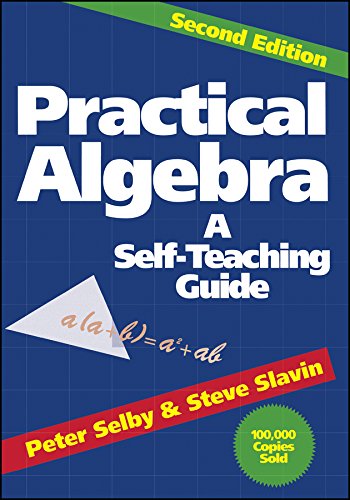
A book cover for Practical Algebra: A Self-Teaching Guide, Second Edition; Peter H. Selby; Science & Math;